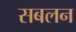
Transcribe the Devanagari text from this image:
सबलन